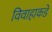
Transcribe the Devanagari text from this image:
विवाहाकडे